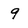
Character: 9